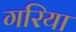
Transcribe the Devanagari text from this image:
गरिया